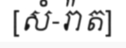
[សំ-រ៉ាត]